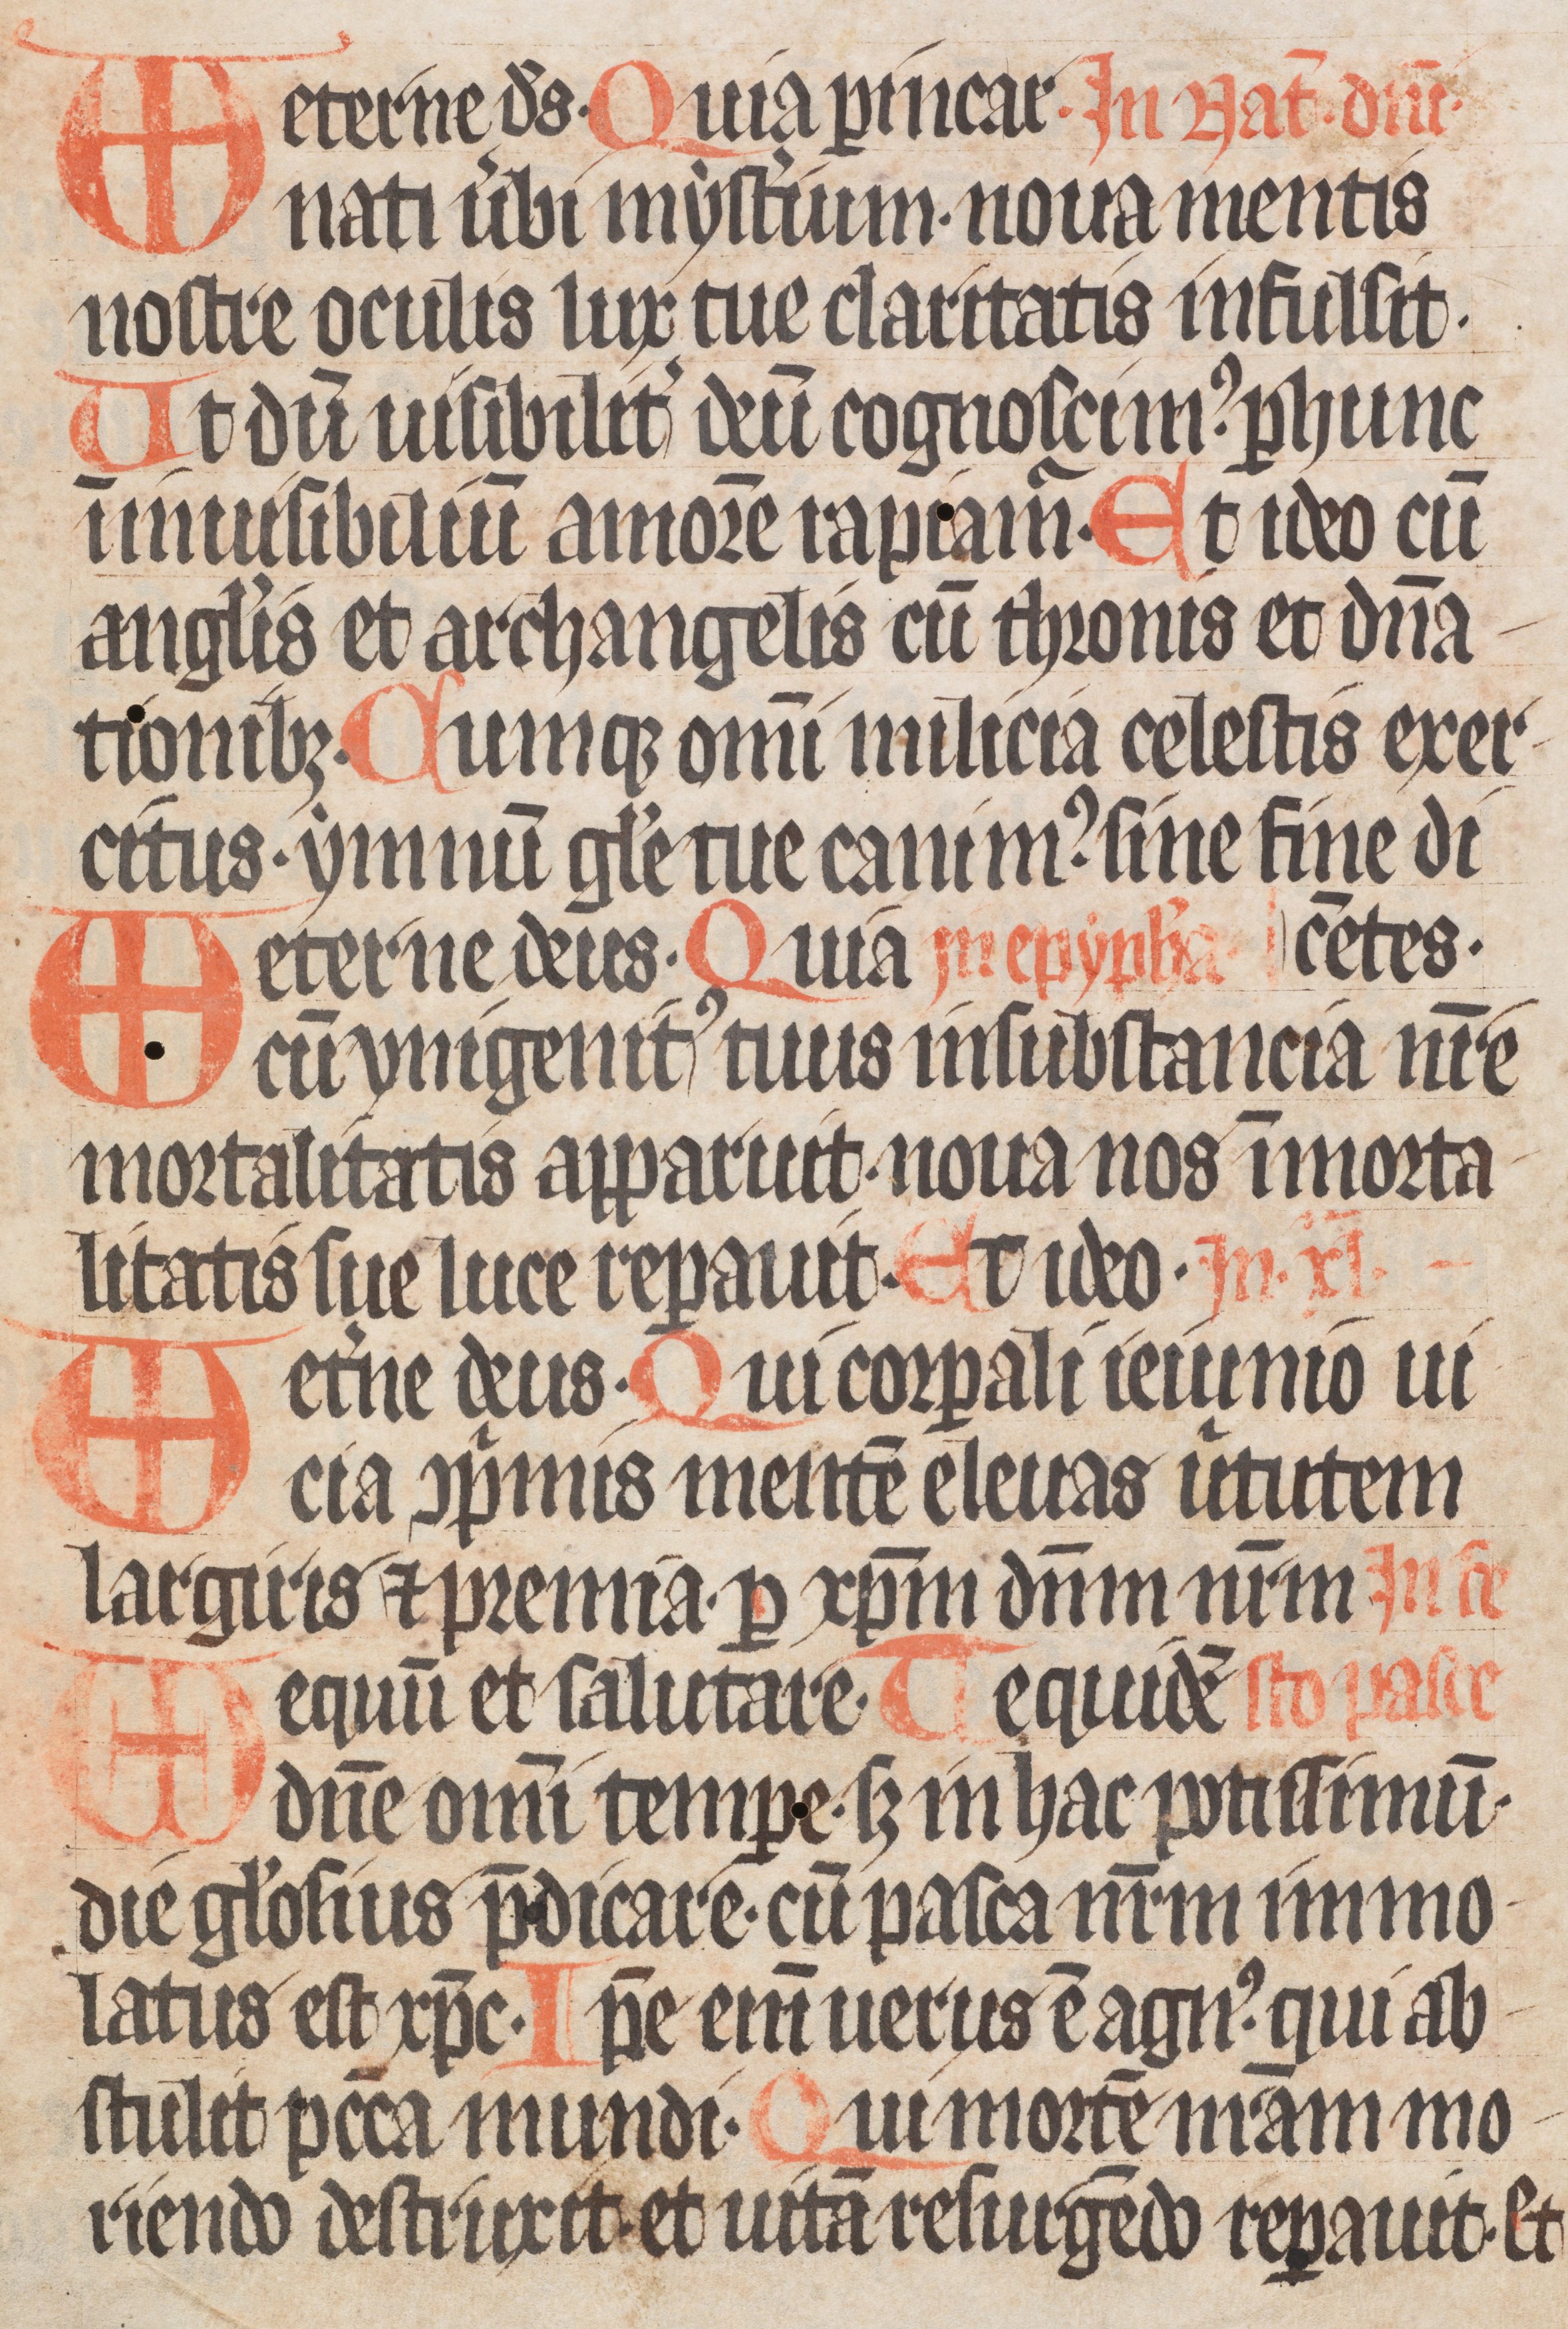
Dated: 1333–1333